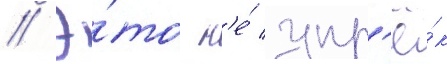
// Э́то н'е́ упр'ё́к